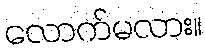
လောက်မလား။